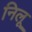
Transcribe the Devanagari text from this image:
निलू